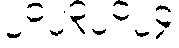
၂၀၂၃၂၀၂၄